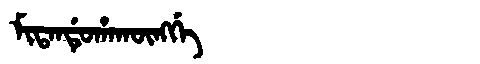
Manchu: ᠮᡳᡨᠠᠨᡩᡠᡥᠠᡴᡡᠩᡤᡝ
Romanization: MITANDUHAKŪNGGE